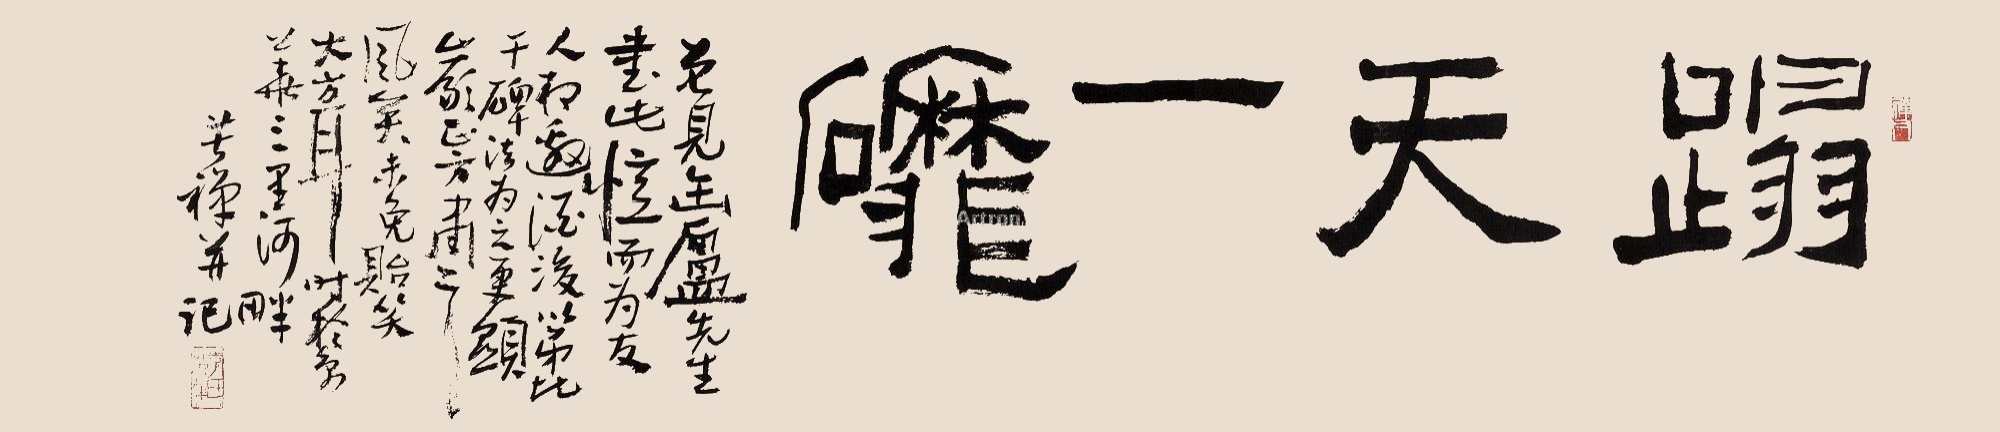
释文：踏天一磨。曾见缶庐先生书此，忆而为反人相邀，酒后以吊比干碑法为之，更显岩正方肃之风矣，未免贻笑大方耳。时于京华三里河畔，苦禅并记。